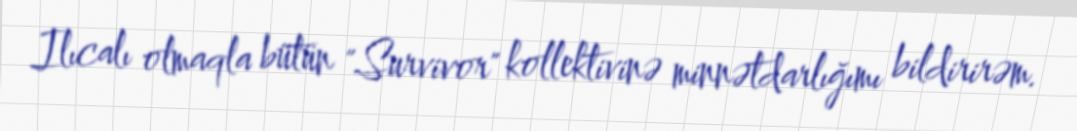
Ilıcalı olmaqla bütün "Survivor" kollektivinə minnətdarlığımı bildirirəm.